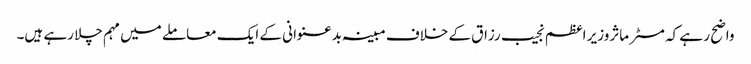
واضح ر ہے کہ مسٹر ماثروزیر اعظم نجیب رزاق کے خلاف مبینہ بدعنوانی کے ایک معاملے میں مہم چلا رہے ہیں۔